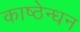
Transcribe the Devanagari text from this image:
काष्ठेन्धन